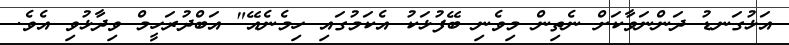
އަޅުގަނޑު ދަންނަވާކަށް ނެތިން މިވެނި ބޭފުޅަކު އެކަމުގައި ހިމެނެއޭ" އަބްދުރަހީމް ވިދާޅުވި އެވެ.